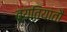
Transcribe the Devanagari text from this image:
व्यतियातौ